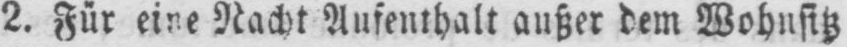
2. Für eine Nacht Aufenthalt außer dem Wohnsitz